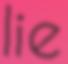
lie